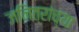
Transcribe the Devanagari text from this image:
जनित्रांच्या